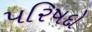
પરિષદો